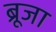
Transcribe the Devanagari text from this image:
ब्रूजा